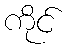
ကိုင်